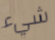
شيء